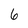
Character: 6